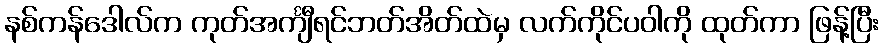
နစ်ကန်ဒေါလ်က ကုတ်အင်္ကျီရင်ဘတ်အိတ်ထဲမှ လက်ကိုင်ပဝါကို ထုတ်ကာ ဖြန့်ပြီး